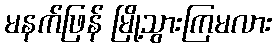
မနက်ဖြန် မြို့သွားကြမလား